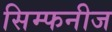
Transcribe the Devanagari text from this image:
सिम्फनीज